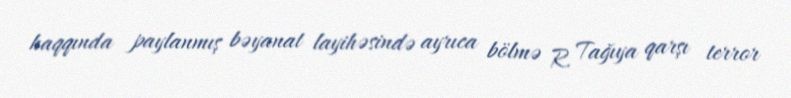
haqqında paylanmış bəyanat layihəsində ayrıca bölmə R. Tağıya qarşı terror